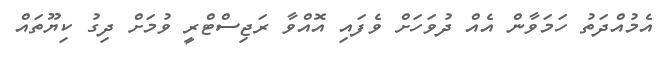
އެމުއްދަތު ހަމަވާން އެއް ދުވަހަށް ވެފައި އޮއްވާ ރަޖިސްޓްރީ ވުމަށް ދިގު ކިޔޫތައް